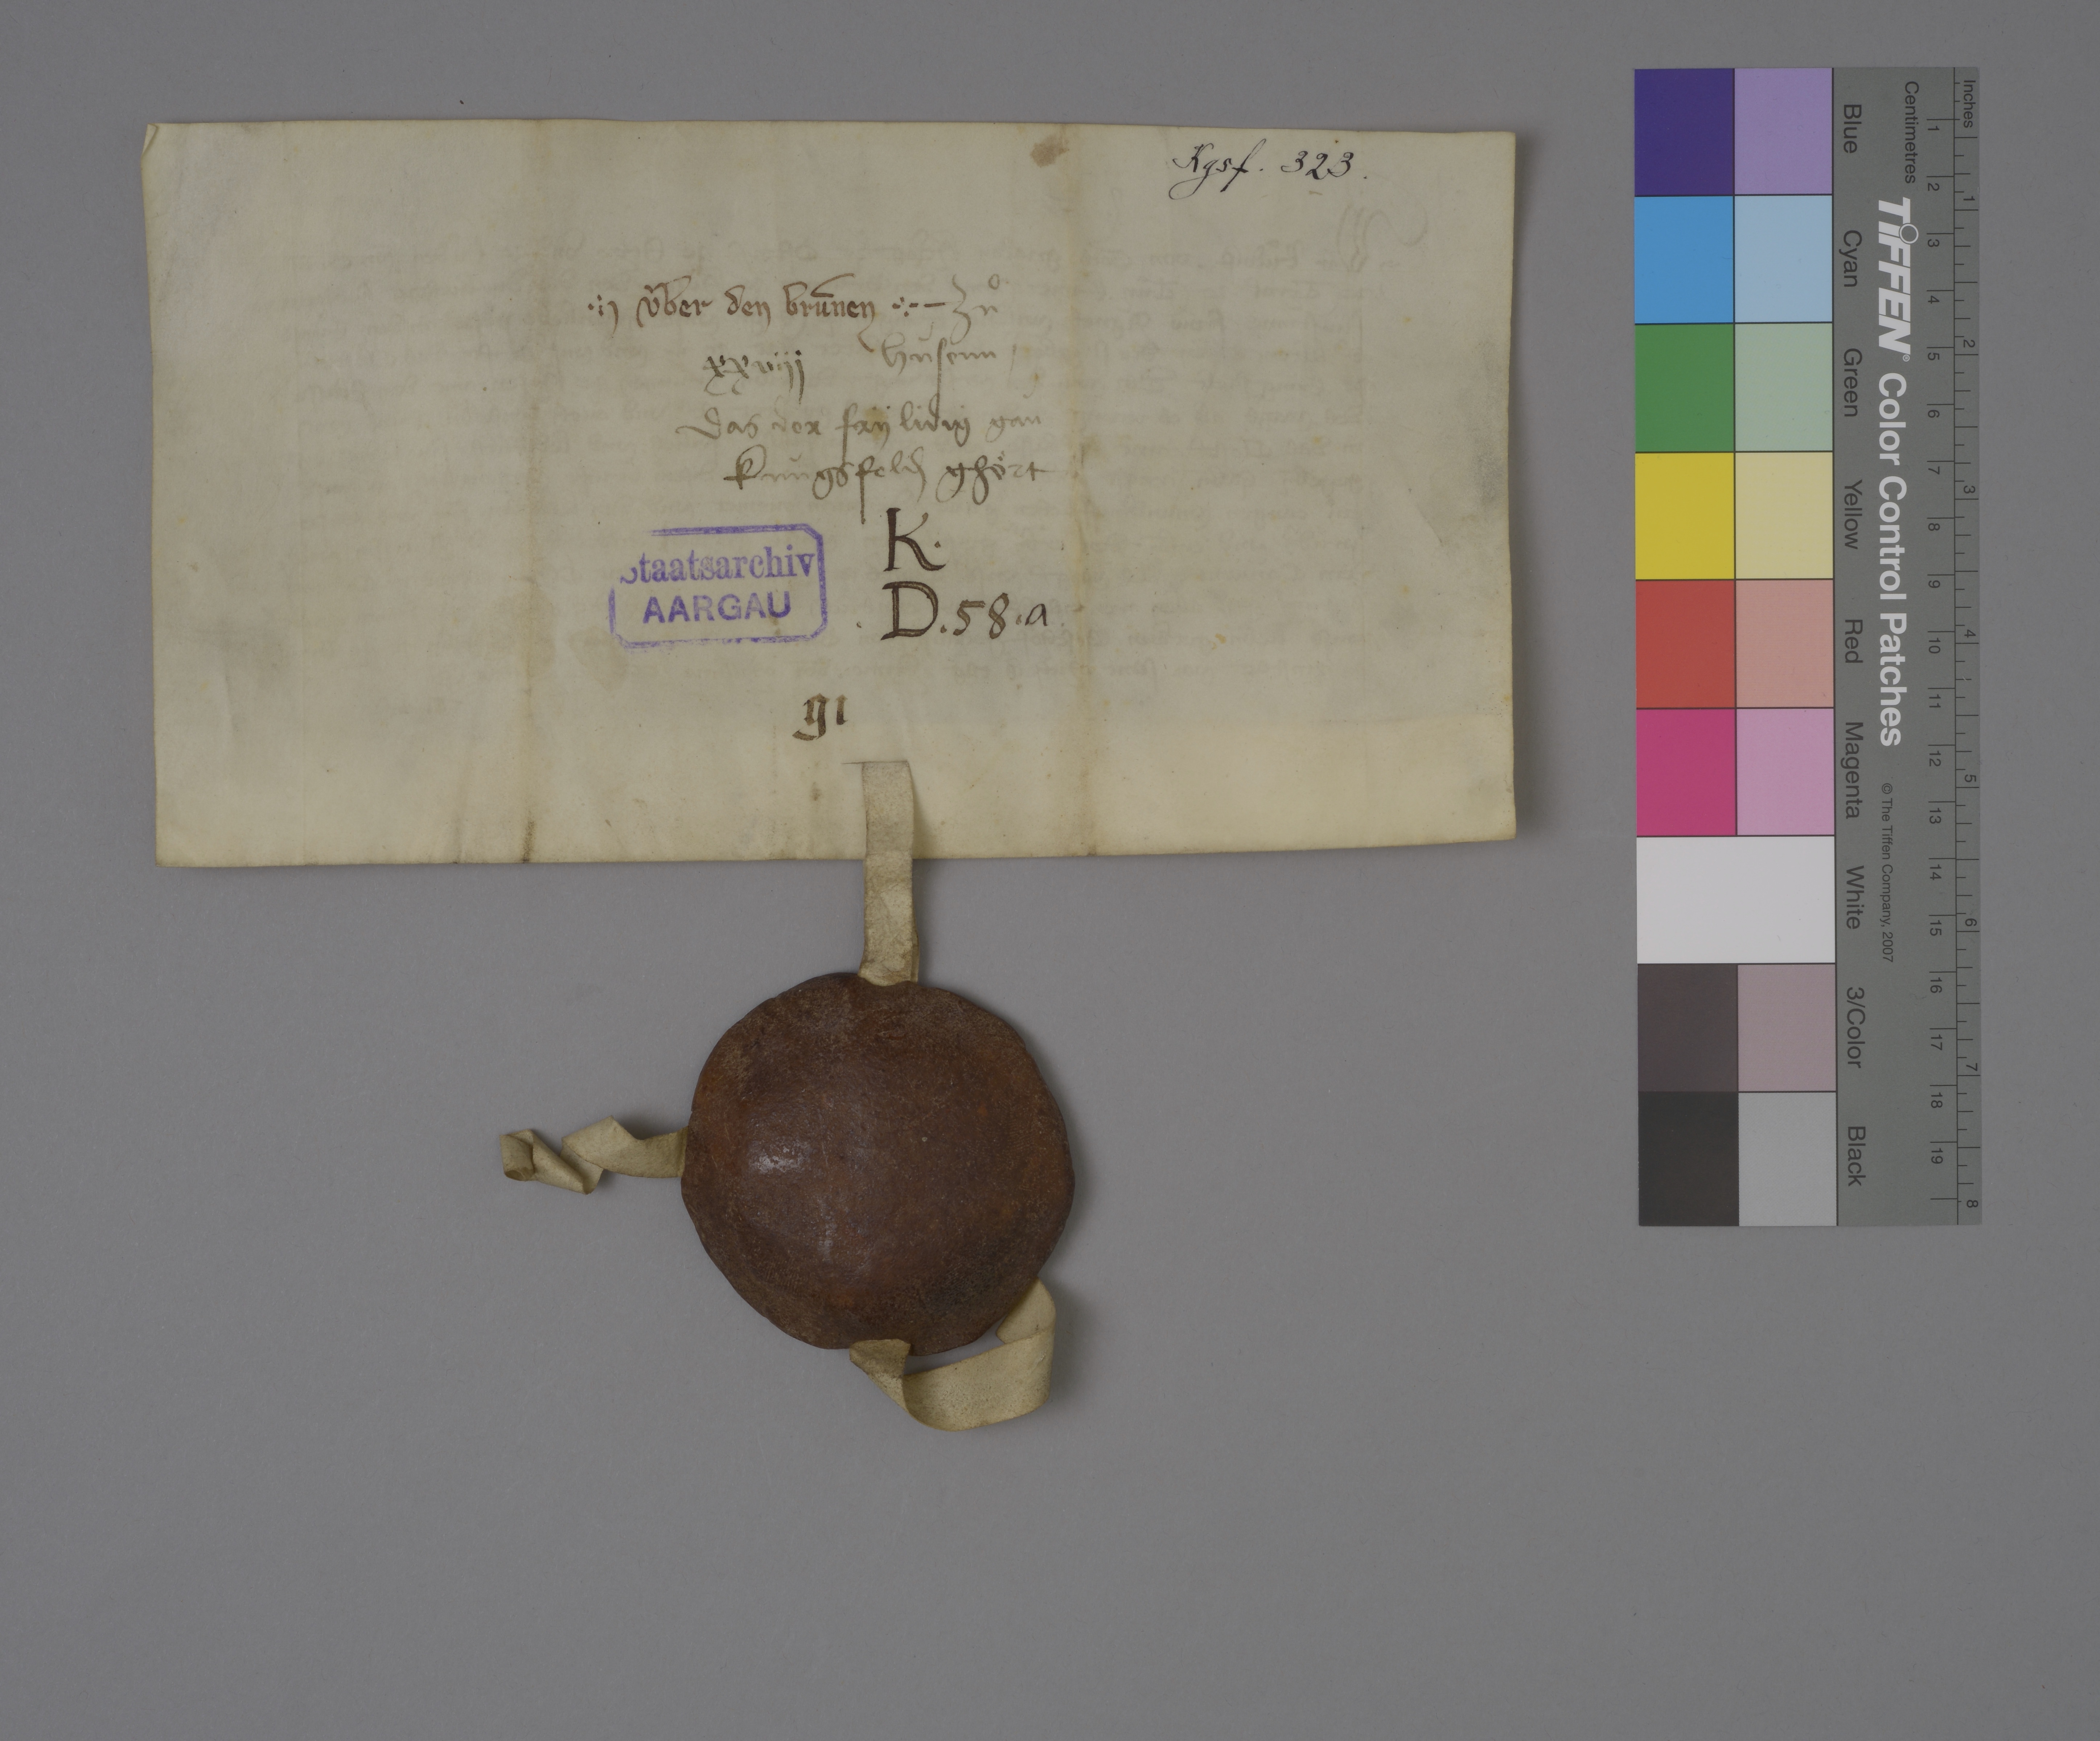
Transcription:
Kgsf. 323 .

✳ ùber den brùnen ✳

zuͦ
Hùsenn ✳
das der fry lidig gan
Kùngsfeld₎ ghoͤrt

xxviij

K ✳
✳ D ✳ 58 ✳ a .

Staatsarchiv
AARGAU

g i